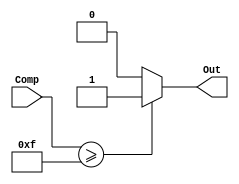
module ComparateurTL(Comp, Out) ;

parameter COMP_VALUE = 15 ;
parameter BUS_SIZE = 8 ;

input[BUS_SIZE-1:0] Comp ;

output reg Out ;

always@(Comp)

	begin
	
		if(Comp >= COMP_VALUE)
			begin
				Out <= 1 ;
			end
		else
			begin
				Out <= 0 ;
			end
	end
	
endmodule